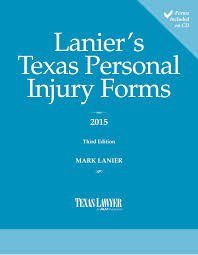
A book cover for Lanier's Texas Personal Injury Forms-2nd Edition; Mark W Lanier; Law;